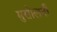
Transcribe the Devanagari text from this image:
मुसोलनी